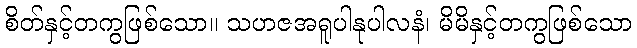
စိတ်နှင့်တကွဖြစ်သော။ သဟဇအရူပါနုပါလနံ၊ မိမိနှင့်တကွဖြစ်သော